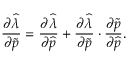
\frac { \partial \widehat { \lambda } } { \partial \widetilde { \boldsymbol { p } } } = \frac { \partial \widehat { \lambda } } { \partial \widehat { \boldsymbol { p } } } + \frac { \partial \widehat { \lambda } } { \partial \widetilde { \boldsymbol { p } } } \cdot \frac { \partial \widetilde { \boldsymbol { p } } } { \partial \widehat { \boldsymbol { p } } } .